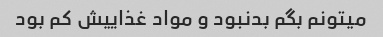
میتونم بگم بدنبود و مواد غذاییش کم بود